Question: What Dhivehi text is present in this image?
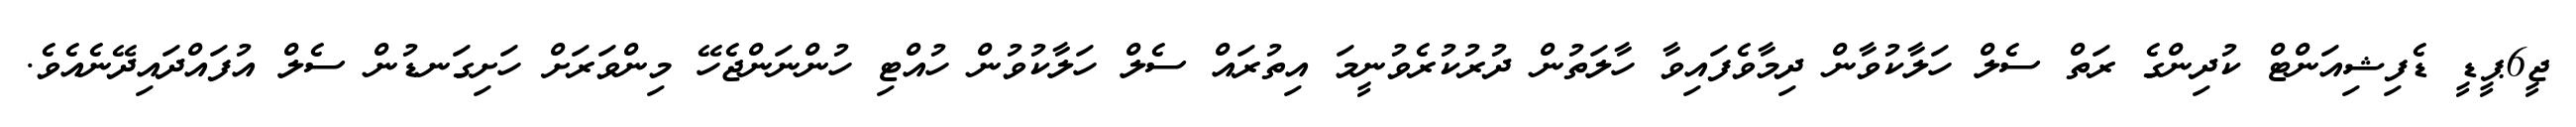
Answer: ޖީ6ޕީޑީ ޑެފިޝިއަންޓް ކުދިންގެ ރަތް ސެލް ހަލާކުވާން ދިމާވެފައިވާ ހާލަތުން ދުރުކުރެވުނީމަ އިތުރައް ސެލް ހަލާކުވުން ހުއްޓި ހުންނަންޖެހޭ މިންވަރަށް ހަށިގަނޑުން ސެލް އުފައްދައިދޭނެއެވެ.